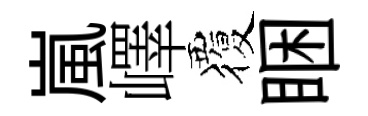
嵐嶧覆睏